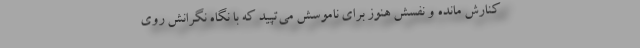
کنارش مانده و نفسش هنوز برای ناموسش می‌تپید که با نگاه نگرانش روی